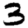
Digit: 3